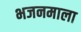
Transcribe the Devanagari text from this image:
भजनमाला